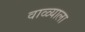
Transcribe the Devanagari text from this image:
वाळ्याला